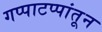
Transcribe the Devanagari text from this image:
गप्पाटप्पांतून